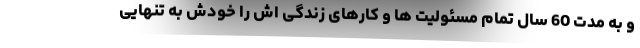
و به مدت 60 سال تمام مسئولیت ها و کارهای زندگی اش را خودش به تنهایی